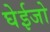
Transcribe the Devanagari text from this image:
घेईजो